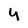
Character: 4